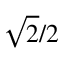
\scriptstyle { \sqrt { 2 } } / 2